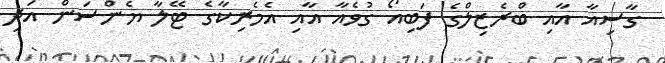
ގާސިއާ އާއި ބްރެޒިލްގެ ފަބިއޯ ގުވެއާ އާއި އެމެރިކާގެ ޓޭލާ ޔެންސަން އަދި